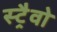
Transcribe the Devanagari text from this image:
स्ट्रैवो